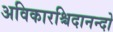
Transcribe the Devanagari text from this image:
अविकारश्चिदानन्दो